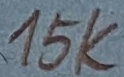
Text: 15K